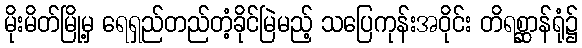
မိုးမိတ်မြို့မှ ရေရှည်တည်တံ့ခိုင်မြဲမည့် သပြေကုန်းအဝိုင်း တိရစ္ဆာန်ရုံ၌